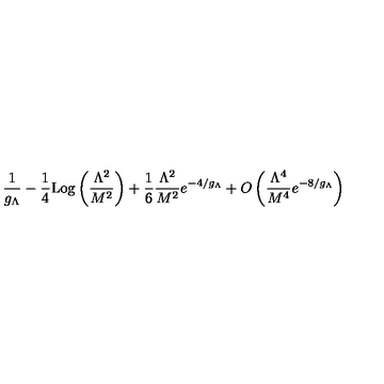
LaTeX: \frac { 1 } { g _ { \Lambda } } - \frac { 1 } { 4 } \mathrm { L o g } \left( \frac { \Lambda ^ { 2 } } { M ^ { 2 } } \right) + \frac { 1 } { 6 } \frac { \Lambda ^ { 2 } } { M ^ { 2 } } e ^ { - 4 / g _ { \Lambda } } + O \left( \frac { \Lambda ^ { 4 } } { M ^ { 4 } } e ^ { - 8 / g _ { \Lambda } } \right)